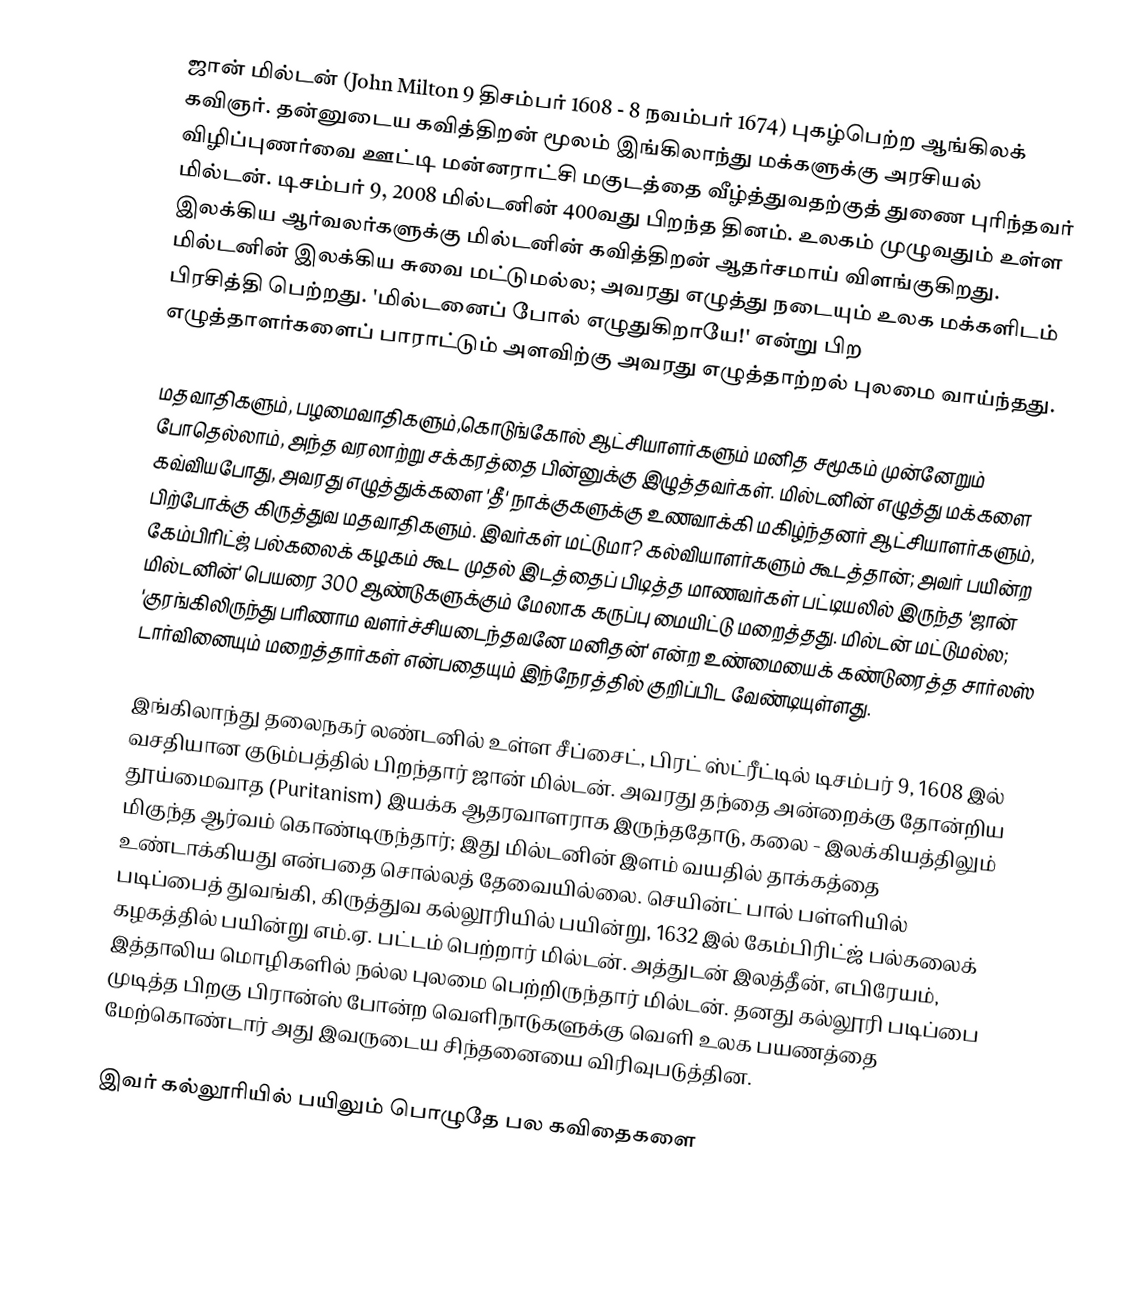
ஜான் மில்டன் (John Milton 9 திசம்பர் 1608 - 8 நவம்பர் 1674) புகழ்பெற்ற ஆங்கிலக் கவிஞர். தன்னுடைய கவித்திறன் மூலம் இங்கிலாந்து மக்களுக்கு அரசியல் விழிப்புணர்வை ஊட்டி மன்னராட்சி மகுடத்தை வீழ்த்துவதற்குத் துணை புரிந்தவர் மில்டன். டிசம்பர் 9, 2008 மில்டனின் 400வது பிறந்த தினம். உலகம் முழுவதும் உள்ள இலக்கிய ஆர்வலர்களுக்கு மில்டனின் கவித்திறன் ஆதர்சமாய் விளங்குகிறது. மில்டனின் இலக்கிய சுவை மட்டுமல்ல; அவரது எழுத்து நடையும் உலக மக்களிடம் பிரசித்தி பெற்றது. 'மில்டனைப் போல் எழுதுகிறாயே!' என்று பிற எழுத்தாளர்களைப் பாராட்டும் அளவிற்கு அவரது எழுத்தாற்றல் புலமை வாய்ந்தது.

மதவாதிகளும், பழமைவாதிகளும்,கொடுங்கோல் ஆட்சியாளர்களும் மனித சமூகம் முன்னேறும் போதெல்லாம், அந்த வரலாற்று சக்கரத்தை பின்னுக்கு இழுத்தவர்கள். மில்டனின் எழுத்து மக்களை கவ்வியபோது, அவரது எழுத்துக்களை 'தீ' நாக்குகளுக்கு உணவாக்கி மகிழ்ந்தனர் ஆட்சியாளர்களும், பிற்போக்கு கிருத்துவ மதவாதிகளும். இவர்கள் மட்டுமா? கல்வியாளர்களும் கூடத்தான்; அவர் பயின்ற கேம்பிரிட்ஜ் பல்கலைக் கழகம் கூட முதல் இடத்தைப் பிடித்த மாணவர்கள் பட்டியலில் இருந்த 'ஜான் மில்டனின்' பெயரை 300 ஆண்டுகளுக்கும் மேலாக கருப்பு மையிட்டு மறைத்தது. மில்டன் மட்டுமல்ல; 'குரங்கிலிருந்து பரிணாம வளர்ச்சியடைந்தவனே மனிதன்' என்ற உண்மையைக் கண்டுரைத்த சார்லஸ் டார்வினையும் மறைத்தார்கள் என்பதையும் இந்நேரத்தில் குறிப்பிட வேண்டியுள்ளது.

இங்கிலாந்து தலைநகர் லண்டனில் உள்ள சீப்சைட், பிரட் ஸ்ட்ரீட்டில் டிசம்பர் 9, 1608 இல் வசதியான குடும்பத்தில் பிறந்தார் ஜான் மில்டன். அவரது தந்தை அன்றைக்கு தோன்றிய தூய்மைவாத (Puritanism) இயக்க ஆதரவாளராக இருந்ததோடு, கலை - இலக்கியத்திலும் மிகுந்த ஆர்வம் கொண்டிருந்தார்; இது மில்டனின் இளம் வயதில் தாக்கத்தை உண்டாக்கியது என்பதை சொல்லத் தேவையில்லை. செயின்ட் பால் பள்ளியில் படிப்பைத் துவங்கி, கிருத்துவ கல்லூரியில் பயின்று, 1632 இல் கேம்பிரிட்ஜ் பல்கலைக் கழகத்தில் பயின்று எம்.ஏ. பட்டம் பெற்றார் மில்டன். அத்துடன் இலத்தீன், எபிரேயம், இத்தாலிய மொழிகளில் நல்ல புலமை பெற்றிருந்தார் மில்டன். தனது கல்லூரி படிப்பை முடித்த பிறகு பிரான்ஸ் போன்ற வெளிநாடுகளுக்கு வெளி உலக பயணத்தை மேற்கொண்டார் அது இவருடைய சிந்தனையை விரிவுபடுத்தின.

இவர் கல்லூரியில் பயிலும் பொழுதே பல கவிதைகளை